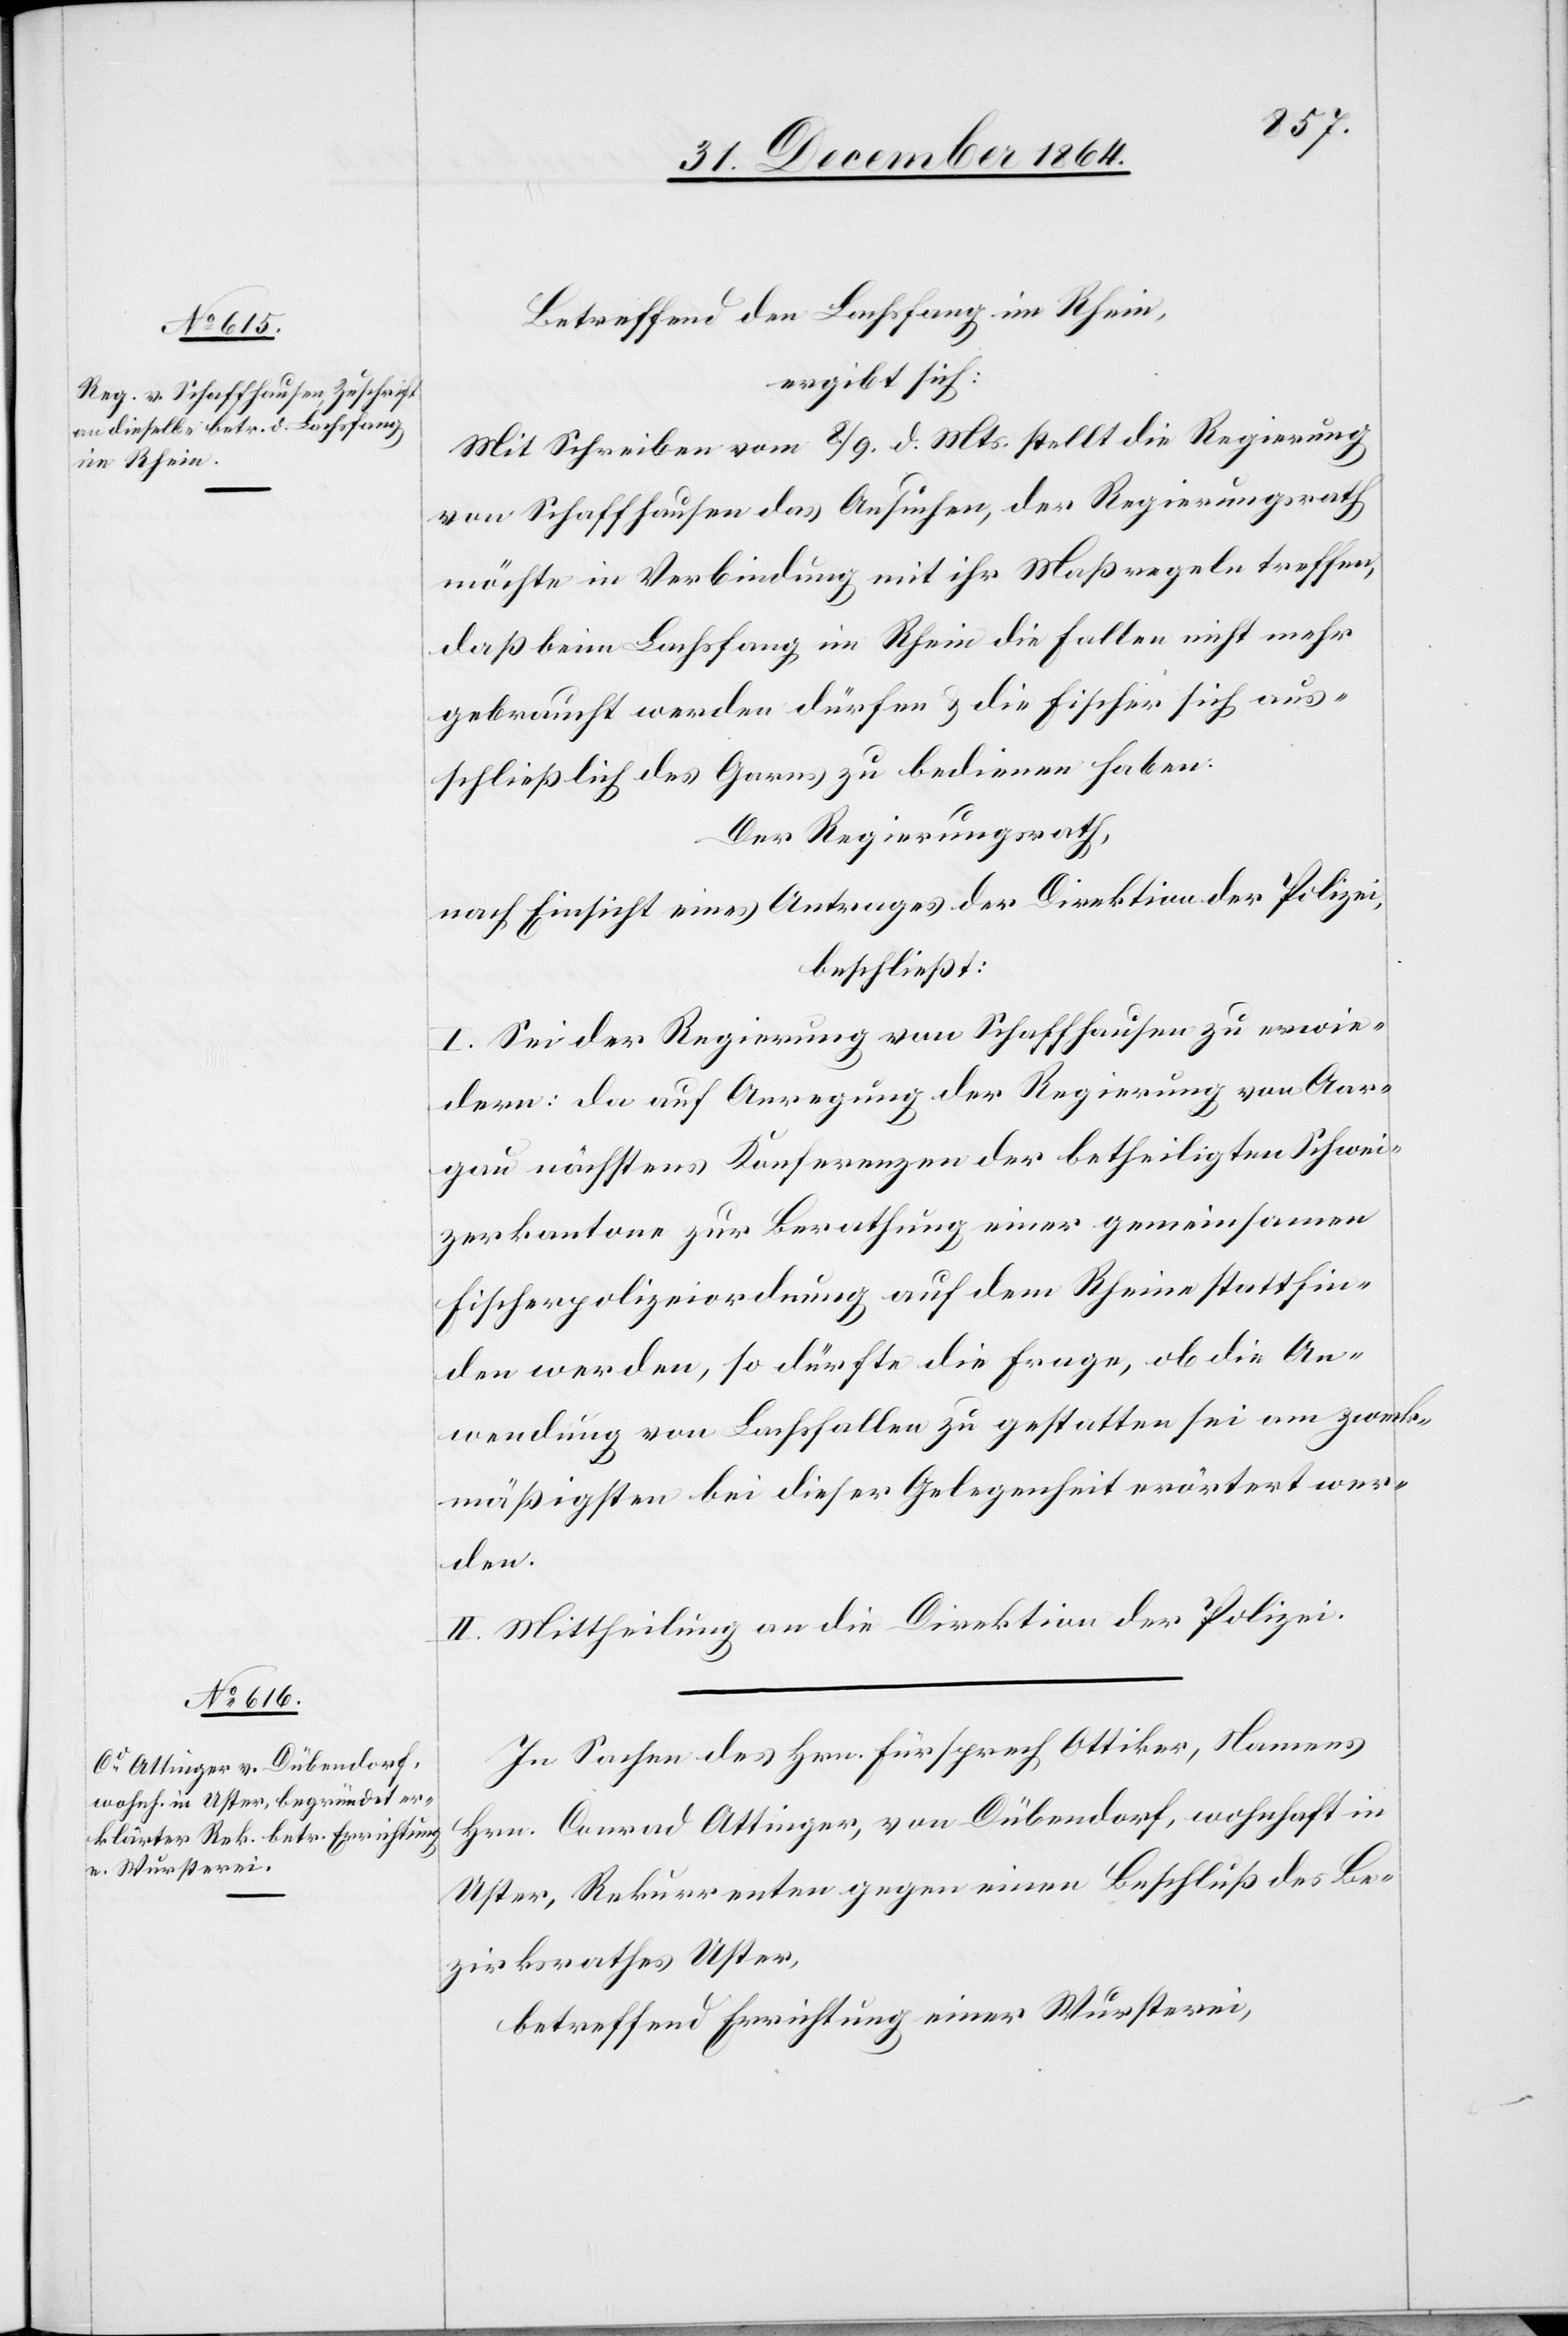
Betreffend den Lachsfang im Rhein,
ergibt sich:
Mit Schreiben vom 8./9. d. Mts. stellt die Regierung
von Schaffhausen das Ansuchen, der Regierungsrath
möchte in Verbindung mit ihr Maßregeln treffen,
daß beim Lachsfang im Rhein die Fallen nicht mehr
gebraucht werden dürfen & die Fischer sich aus¬
schließlich des Garns zu bedienen haben.
Der Regierungsrath,
nach Einsicht eines Antrages der Direktion der Polizei,
beschließt:
I. Sei der Regierung von Schaffhausen zu erwie¬
dern: da auf Anregung der Regierung von Aar¬
gau nächstens Konferenzen der betheiligten Schwei¬
zerkantone zur Berathung einer gemeinsamen
Fischereipolizeiverordnung auf dem Rheine stattfin¬
den werden, so dürfte die Frage, ob die An¬
wendung von Lachsfallen zu gestatten sei am zweck¬
mäßigsten bei dieser Gelegenheit erörtert wer¬
den.
II. Mittheilung an die Direktion der Polizei.
In Sachen des Hrn. Fürsprech Ottiker, Namens
Hrn. Conrad Attinger, von Dübendorf, wohnhaft in
Uster, Rekurrenten gegen einen Beschluß des Be¬
zirksrathes Uster,
betreffend Errichtung einer Wursterei,